Leaving Certificate Examination, 1925
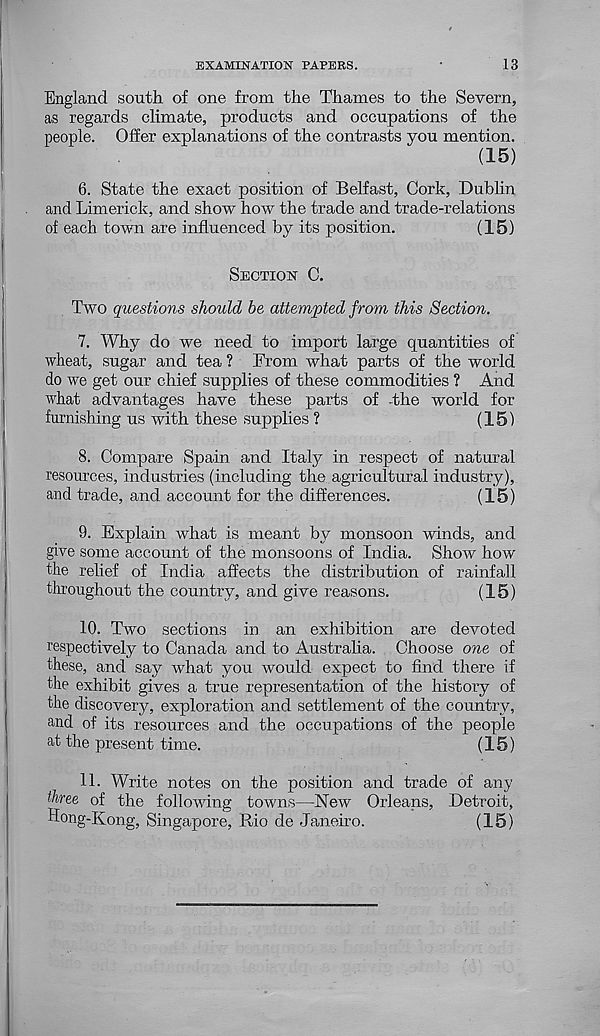
EXAMINATION PAPERS.
13
England south of one from the Thames to the Severn,
as regards climate, products and occupations of the
people. Offer explanations of the contrasts you mention.
(15)
6. State the exact position of Belfast, Cork, Dublin
and Limerick, and show how the trade and trade-relations
of each town are influenced by its position.
(15)
SECTION C.
Two questions should be attempted from this Section.
7. Why do we need to import large quantities of
wheat, sugar and tea ? From what parts of the world
do we get our chief supplies of these commodities ? And
what advantages have these parts of -the world for
furnishing us with these supplies ?
(15)
8. Compare Spain and Italy in respect of natural
resources, industries (including the agricultural industry),
and trade, and account for the differences.
(15)
9. Explain what is meant by monsoon winds, and
give some account of the monsoons of India. Show how
the relief of India affects the distribution of rainfall
throughout the country, and give reasons.
(15)
10. Two sections in an exhibition are devoted
respectively to Canada and to Australia. Choose one of
these, and say what you would expect to find there if
the exhibit gives a true representation of the history of
the discovery, exploration and settlement of the country,
and of its resources and the occupations of the people
at the present time.
(15)
11. Write notes on the position and trade of any
three of the following towns—New Orleans, Detroit,
Hong-Kong, Singapore, Rio de Janeiro.
(15)